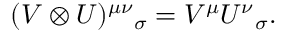
( V \otimes U ) ^ { \mu \nu } { } _ { \sigma } = V ^ { \mu } U ^ { \nu } { } _ { \sigma } .